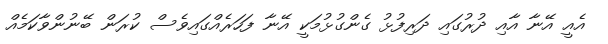
އެއީ އޭނާ އާއި ދުރުގައި ދަރިފުޅު ގެންގުޅުމަކީ އޭނާ ފަހަރެއްގައިވެސް ކުރަން ބޭނުންވާކަމެއް